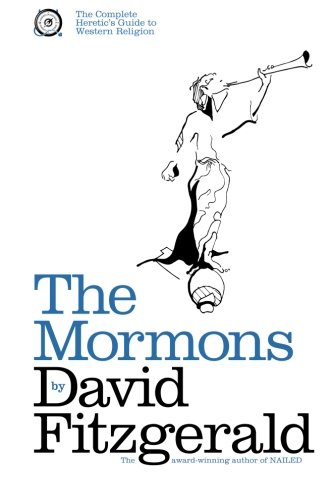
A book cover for The Complete Heretic's Guide to Western Religion Book One: The Mormons; David Fitzgerald; Religion & Spirituality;